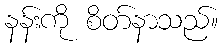
နန်းကို စိတ်နာသည်။